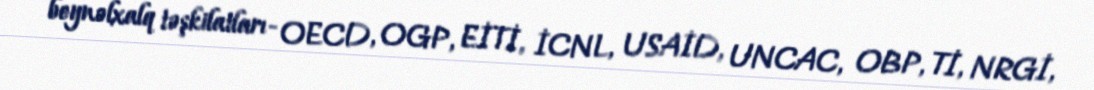
beynəlxalq təşkilatları- OECD, OGP, EİTİ, İCNL, USAİD, UNCAC, OBP, Tİ, NRGİ,